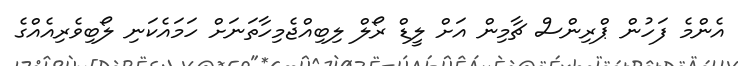
އެންމެ ފަހުން ޕްރިންސް ޗާމިން އަށް ލީޑް ރޯލް ލިބިއްޖެމިހާތަނަށް ހަމައެކަނި ލޯބިވެރިއެއްގެ